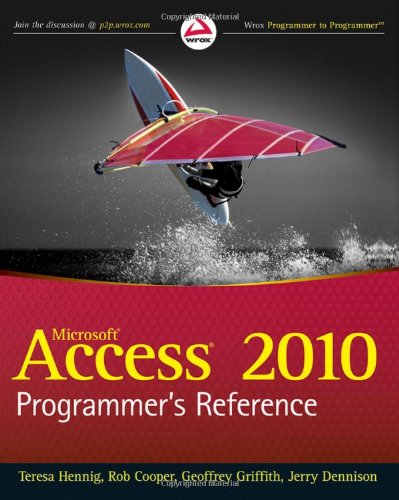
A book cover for Access 2010 Programmer's Reference; Teresa Hennig; Computers & Technology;